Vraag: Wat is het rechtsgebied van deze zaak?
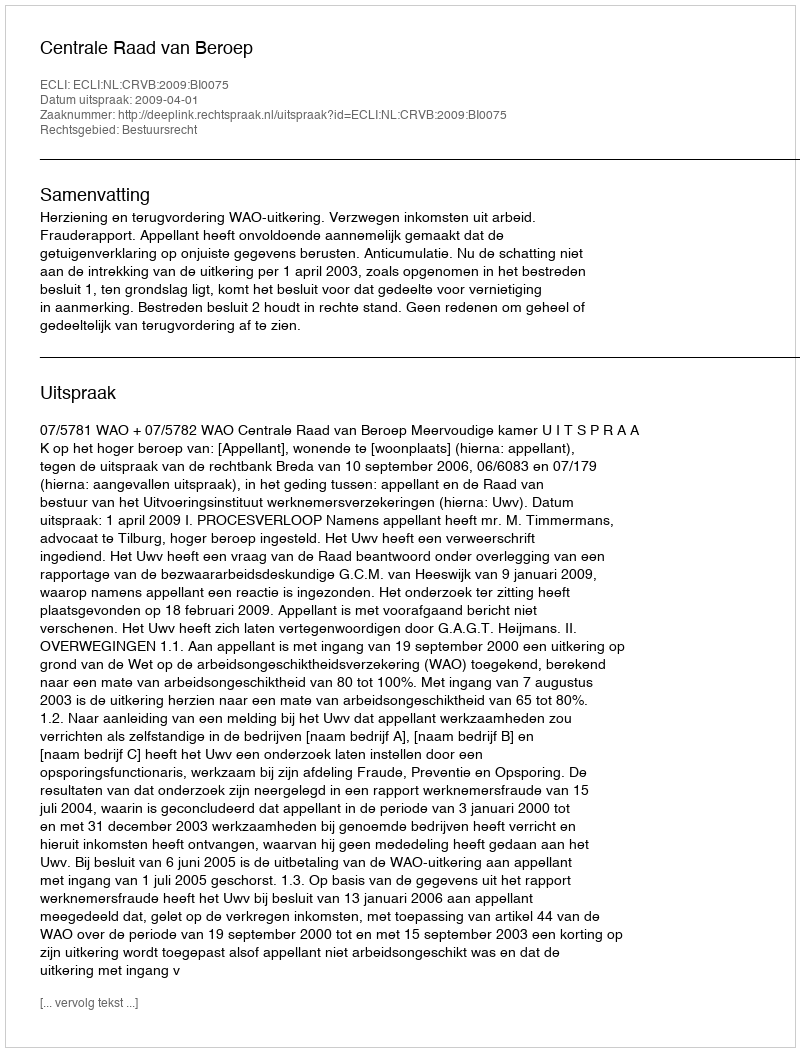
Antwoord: Bestuursrecht